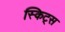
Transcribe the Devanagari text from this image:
स्किट्स